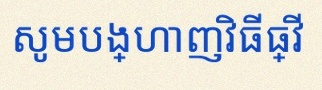
សូមបង្ហាញវិធីធ្វើ